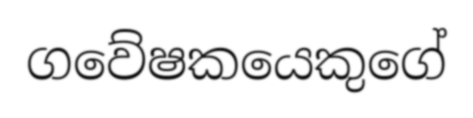
ගවේෂකයෙකුගේ